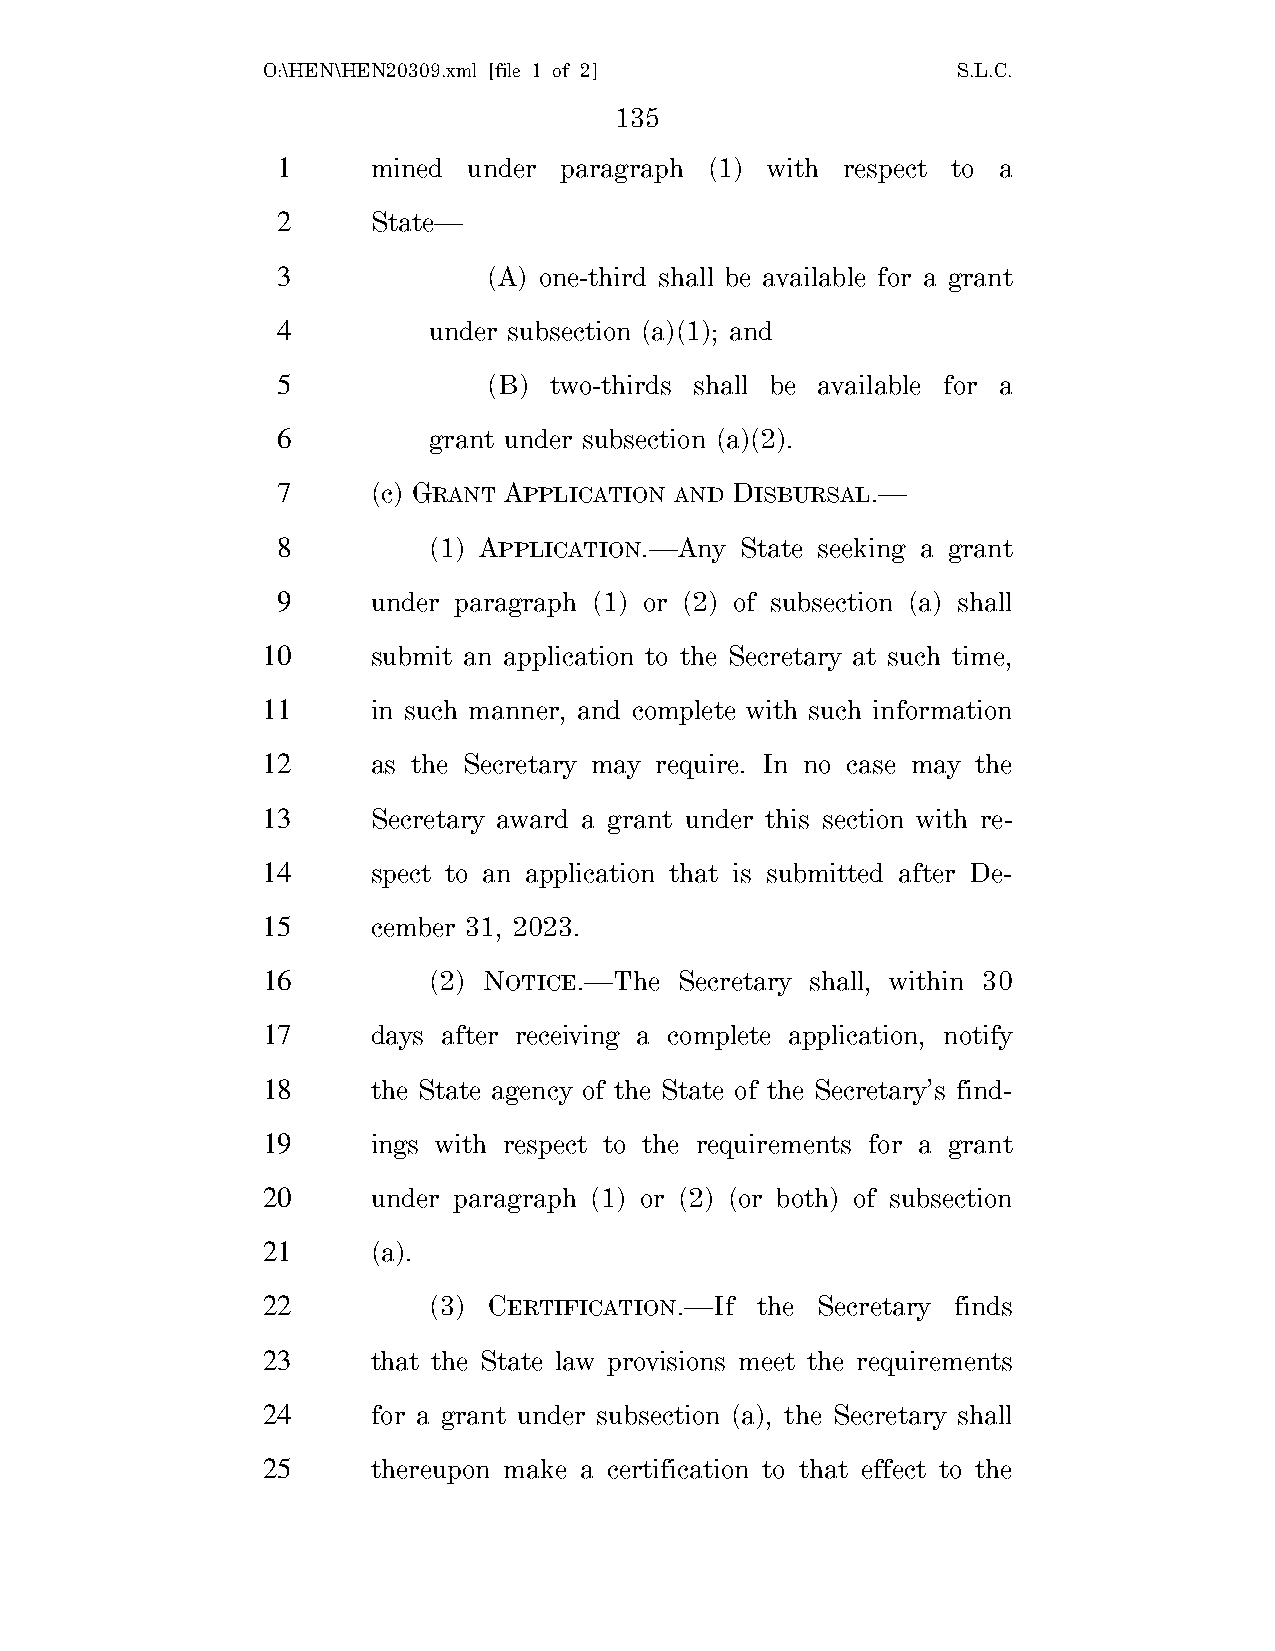
O:\HEN\HEN20309.xml [file 1 of 2]             S.L.C.
 135
 1      mined under paragraph (1) with respect to a
 2      State—
 3             (A) one-third shall be available for a grant
 4         under subsection (a)(1); and
 5             (B) two-thirds shall be available for a
 6         grant under subsection (a)(2).
 7      (c) GRANT APPLICATION AND DISBURSAL.—
 8         (1) APPLICATION.—Any State seeking a grant
 9      under paragraph (1) or (2) of subsection (a) shall
 10      submit an application to the Secretary at such time,
 11      in such manner, and complete with such information
 12      as the Secretary may require. In no case may the
 13      Secretary award a grant under this section with re-
 14      spect to an application that is submitted after De-
 15      cember 31, 2023.
 16         (2) NOTICE.—The  Secretary shall, within 30
 17      days after receiving a complete application, notify
 18      the State agency of the State of the Secretary’s find-
 19      ings with respect to the requirements for a grant
 20      under paragraph (1) or (2) (or both) of subsection
 21      (a).
 22         (3) CERTIFICATION.—If the Secretary finds
 23      that the State law provisions meet the requirements
 24      for a grant under subsection (a), the Secretary shall
 25      thereupon make a certification to that effect to the